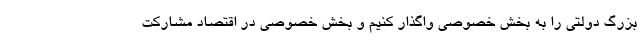
بزرگ دولتی را به بخش خصوصی واگذار کنیم و بخش خصوصی در اقتصاد مشارکت